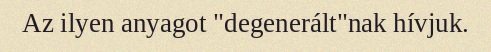
Az ilyen anyagot "degenerált"nak hívjuk.